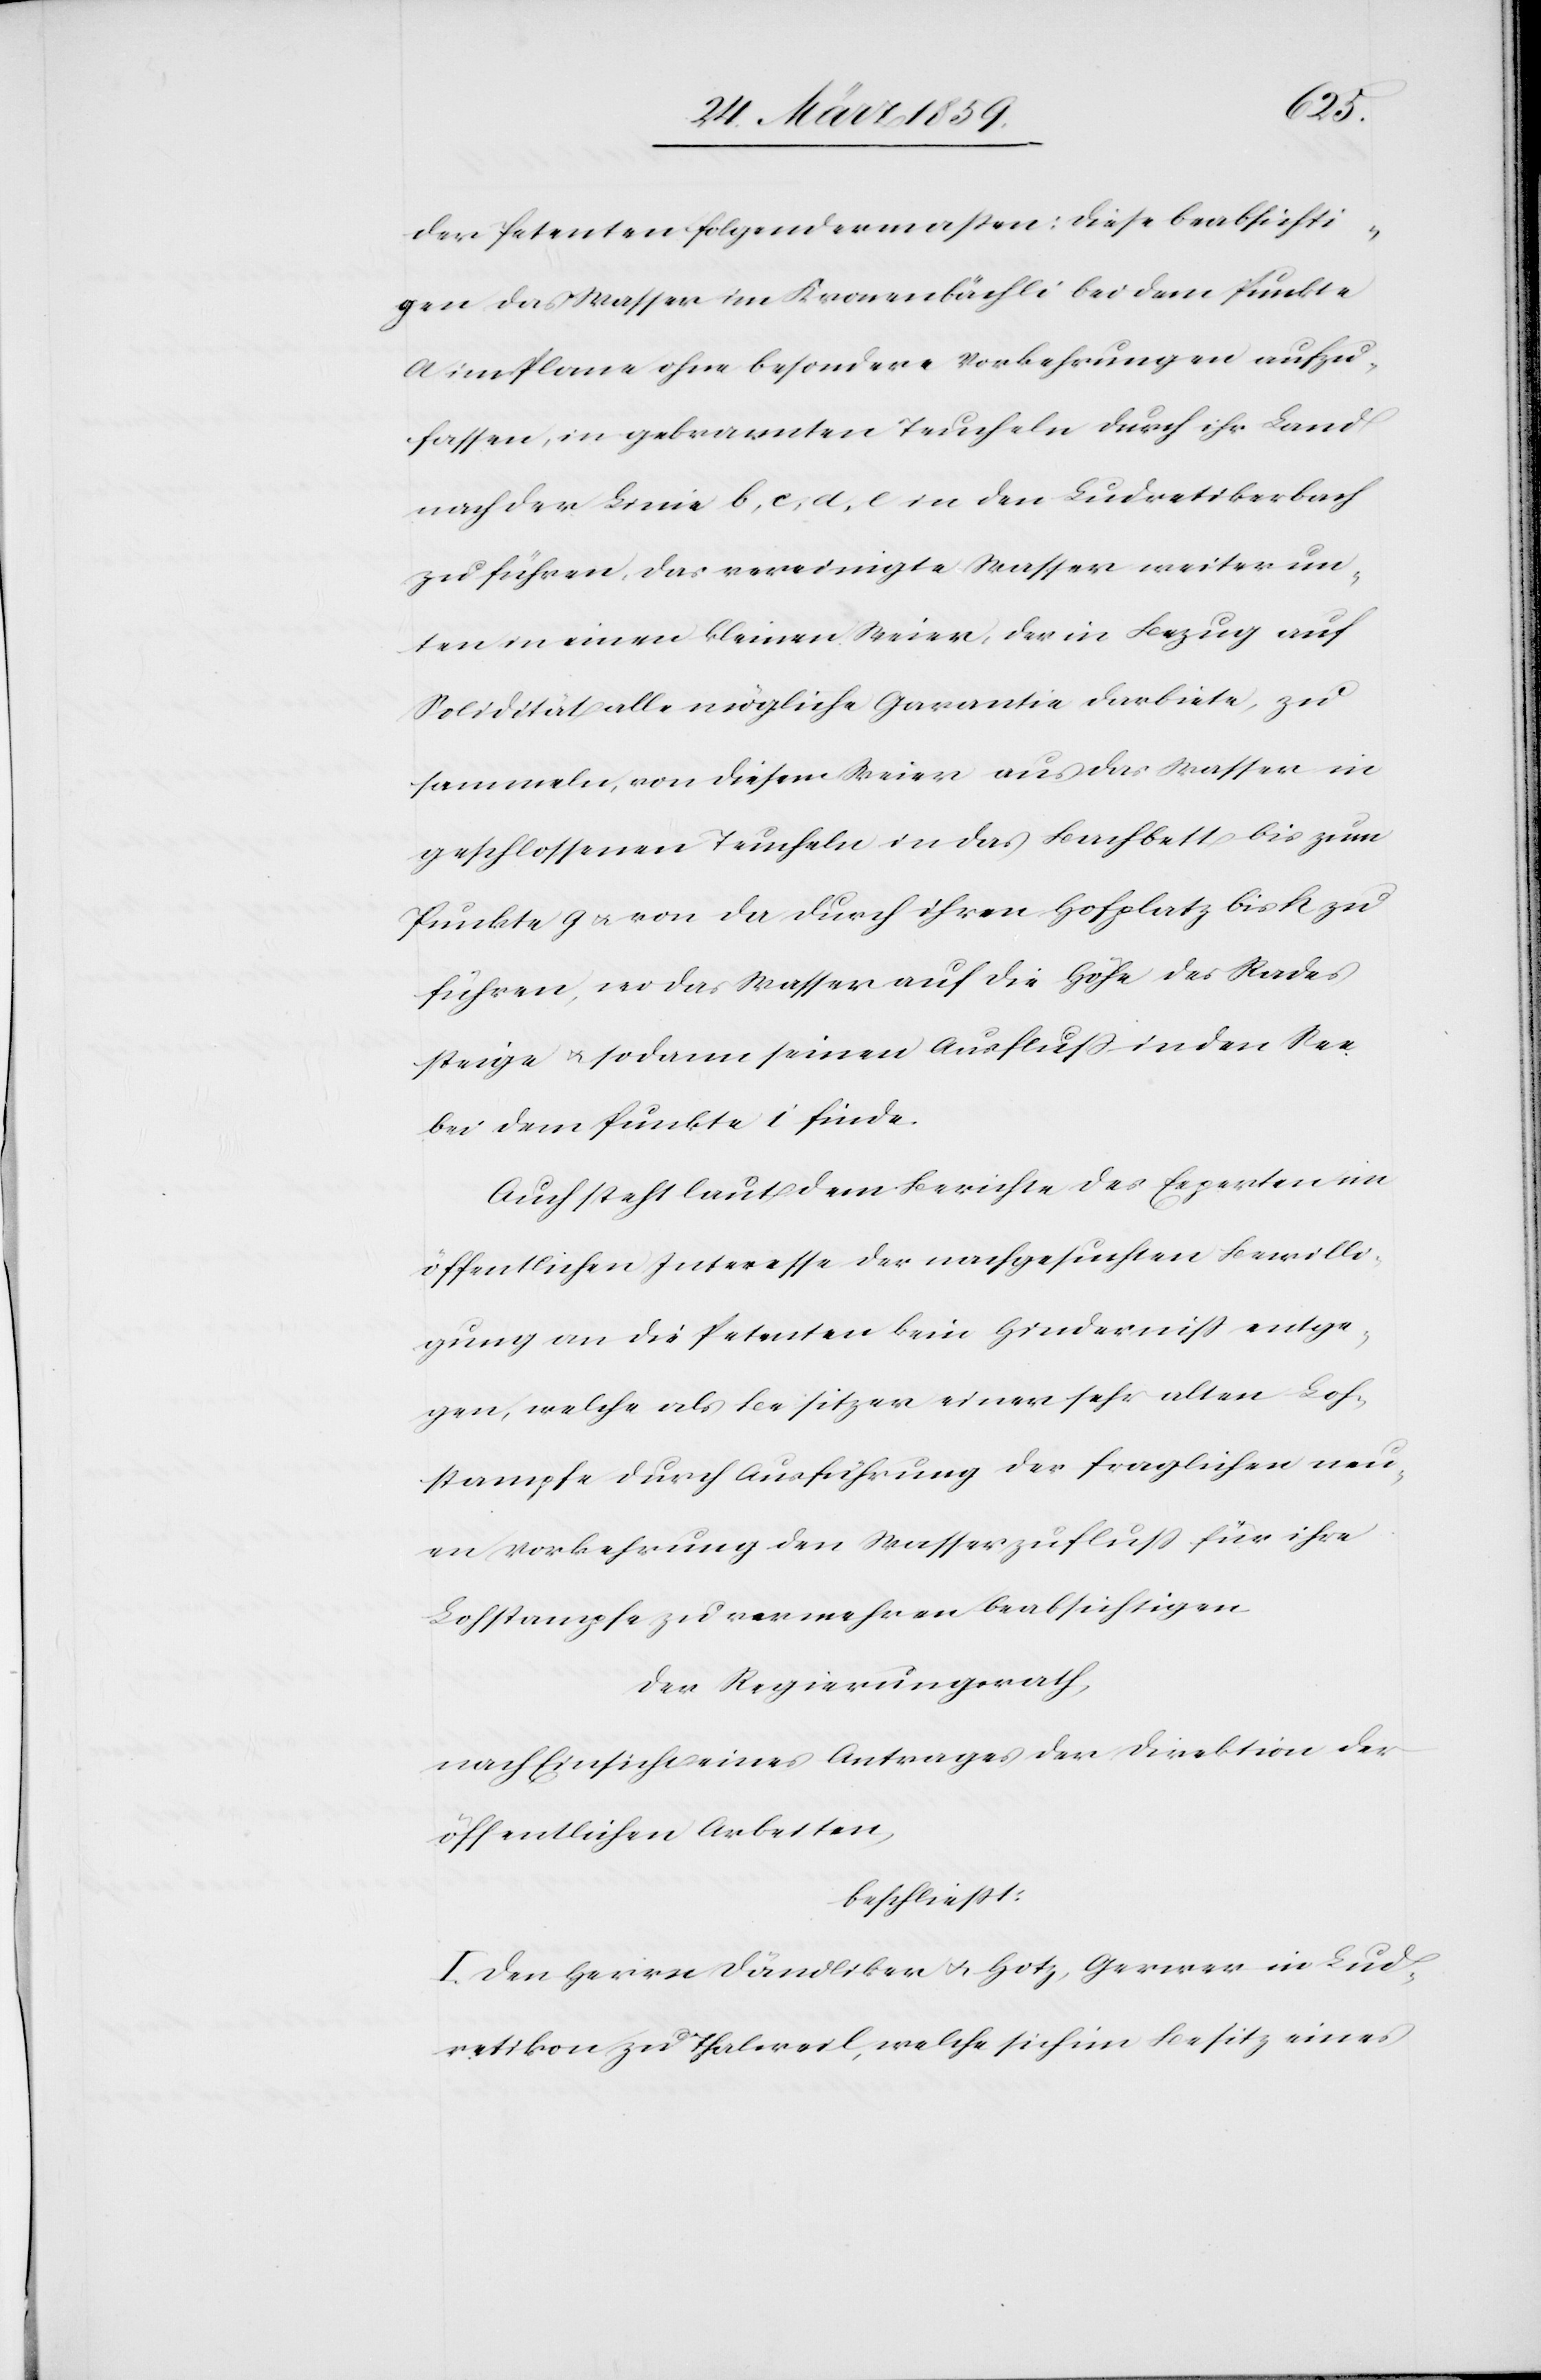
der Petenten folgendermassen: diese beabsichti¬
gen, das Wasser im Kronenbächli bei dem Punkte
a im Plane ohne besondere Vorkehrungen aufzu¬
fassen, in gebrannten Teucheln durch ihr Land
nach der Linie b, c, d, e in den Ludretikerbach
zu führen, das vereinigte Wasser weiter un¬
ten in einen kleinen Weier, der im Bezug auf
Solidität alle mögliche Garantie darbiete, zu
sammeln, von diesem Weier aus das Wasser in
geschlossenen Teucheln in das Bachbett bis zum
Punkte g u. von da durch ihren Hofplatz bis h zu
führen, wo das Wasser auf die Höhe des Rades
steige u. sodann seinen Ausfluß in den See
bei dem Punkte i finde.
Auch steht laut dem Berichte des Experten im
öffentlichen Interesse der nachgesuchten Bewilli¬
gung an die Petenten kein Hinderniß entge¬
gen, welche als Besitzer einer sehr alten Loh¬
stampfe durch Ausführung der fraglichen neu¬
en Vorkehrung den Wasserzufluß für ihre
Lohstampfe zu vermehren beabsichtigen.
Der Regierungsrath,
nach Einsicht eines Antrages der Direktion der
öffentlichen Arbeiten,
beschließt:
I. Den Herren Dändliker u. Hotz, Gerwer in Lud¬
retikon zu Thalweil, welche sich im Besitz eines